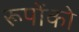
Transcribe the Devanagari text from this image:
रूपोंको